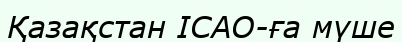
Қазақстан ICAO-ға мүше